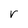
Character: V